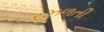
રઝળતી